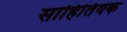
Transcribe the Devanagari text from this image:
साहितियक